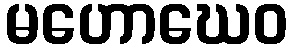
မဟောဃေဝ